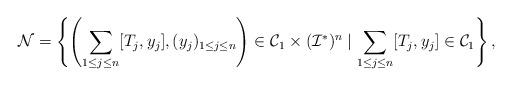
LaTeX: \begin{align*}{\mathcal N} = \left\{\left( \sum_{1 \le j \le n} [T_j,y_j],(y_j)_{1 \le j \le n}\right) \in {\mathcal C}_1 \times ({\mathcal I}^*)^n \mid \sum_{1 \le j \le n} [T_j,y_j] \in {\mathcal C}_1\right\},\end{align*}